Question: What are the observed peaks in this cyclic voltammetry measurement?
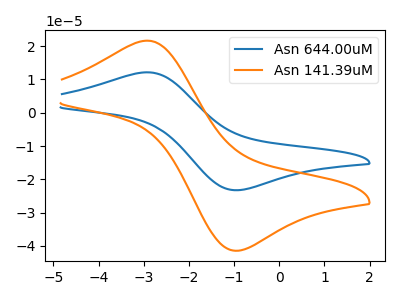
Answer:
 <answer>The blue curve "Asn 644.00uM" has an anodic peak at (-2.95V, 12.15uA) and a cathodic peak at (-0.90V, -23.25uA). The orange curve "Asn 141.39uM" has an anodic peak at (-2.95V, 21.65uA) and a cathodic peak at (-0.90V, -41.45uA).</answer>
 <eval></eval>